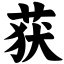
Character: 获